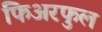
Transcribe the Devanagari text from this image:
फिअरफुल